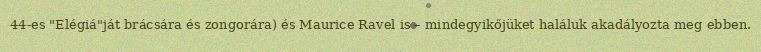
44-es "Elégiá"ját brácsára és zongorára) és Maurice Ravel is – mindegyikőjüket haláluk akadályozta meg ebben.